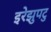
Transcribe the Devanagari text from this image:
इरेझुपटु